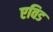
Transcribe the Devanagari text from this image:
एविड